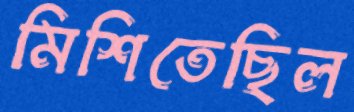
মিশিতেছিল